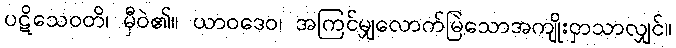
ပဋိသေဝတိ၊ မှီဝဲ၏။ ယာဝဒေဝ၊ အကြင်မျှလောက်မြဲသောအကျိုးငှာသာလျှင်။